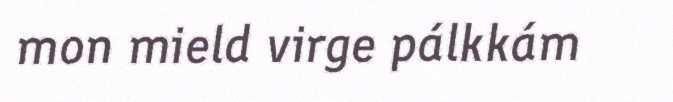
mon mield virge pálkkám